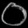
Digit: ၀